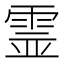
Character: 霊